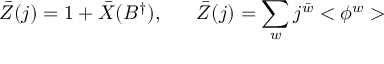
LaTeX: \bar { Z } ( j ) = 1 + \bar { X } ( B ^ { \dagger } ) , \; \; \; \; \; \; \bar { Z } ( j ) = \sum _ { w } j ^ { \bar { w } } < \phi ^ { w } >